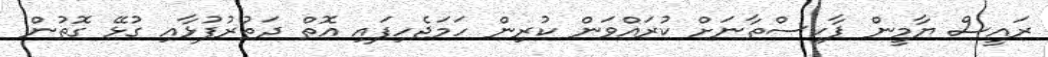
ރައީސް ޔާމީން ޕާކިސްތާނަށް ކުރައްވަން ކުރިން ހަމަޖެހިފައި އޮތް ދަތުރުފުޅާއި ގުޅޭ ގޮތުން